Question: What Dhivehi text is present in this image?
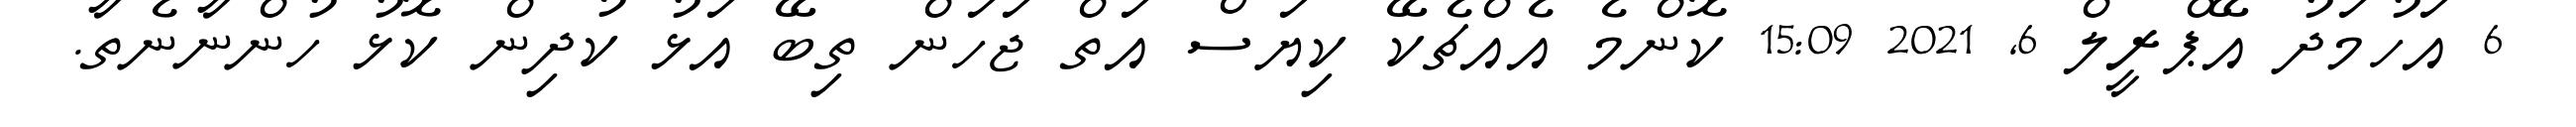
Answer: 6 އަހުމަދު އޭޕްރީލް 6, 2021 15:09 ކޮންމެ އެއްޗެކޭ ކިޔަސް އަތް ޖަހަން ތިބޭ އަޅު ކުދިން ކޮޅު ހުންނާނެތާ.